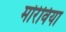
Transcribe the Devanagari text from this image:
मोरेविया